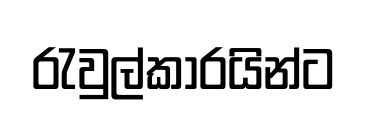
රැවුල්කාරයින්ට